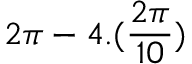
2 \pi - 4 . ( \frac { 2 \pi } { 1 0 } )